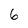
Character: 6